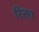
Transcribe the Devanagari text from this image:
रिक्ता